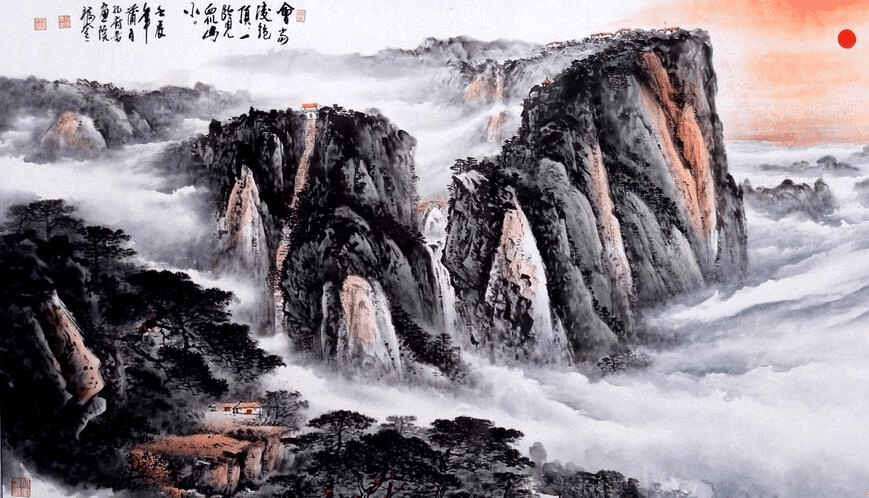
东望鞭芙缥缈，寒光如注。